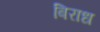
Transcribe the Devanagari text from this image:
बिराध